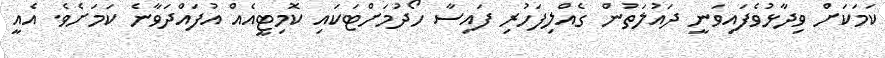
ކަމަކަށް ވިދާޅުވެފައިވަނީ ދައުލަތުން ގެއްލިފަހުރި ފައިސާ ހޯދުމަށްޓަކައި ކޮމިޓީއެއް އުފައްދަވާނެ ކަމަށެވެ. އެއީ